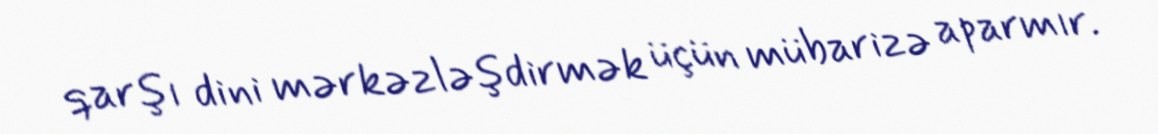
qarşı dini mərkəzləşdirmək üçün mübarizə aparmır.